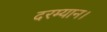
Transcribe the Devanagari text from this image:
दरम्यान।